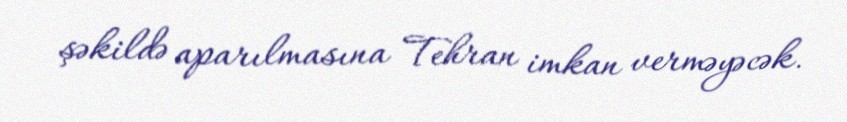
şəkildə aparılmasına Tehran imkan verməyəcək.